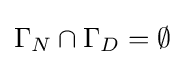
\Gamma _{N}\cap \Gamma _{D}=\emptyset